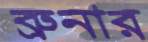
ব্রুনার